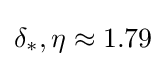
\delta _{*},\eta \approx 1.79